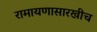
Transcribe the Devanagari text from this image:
रामायणासारखीच